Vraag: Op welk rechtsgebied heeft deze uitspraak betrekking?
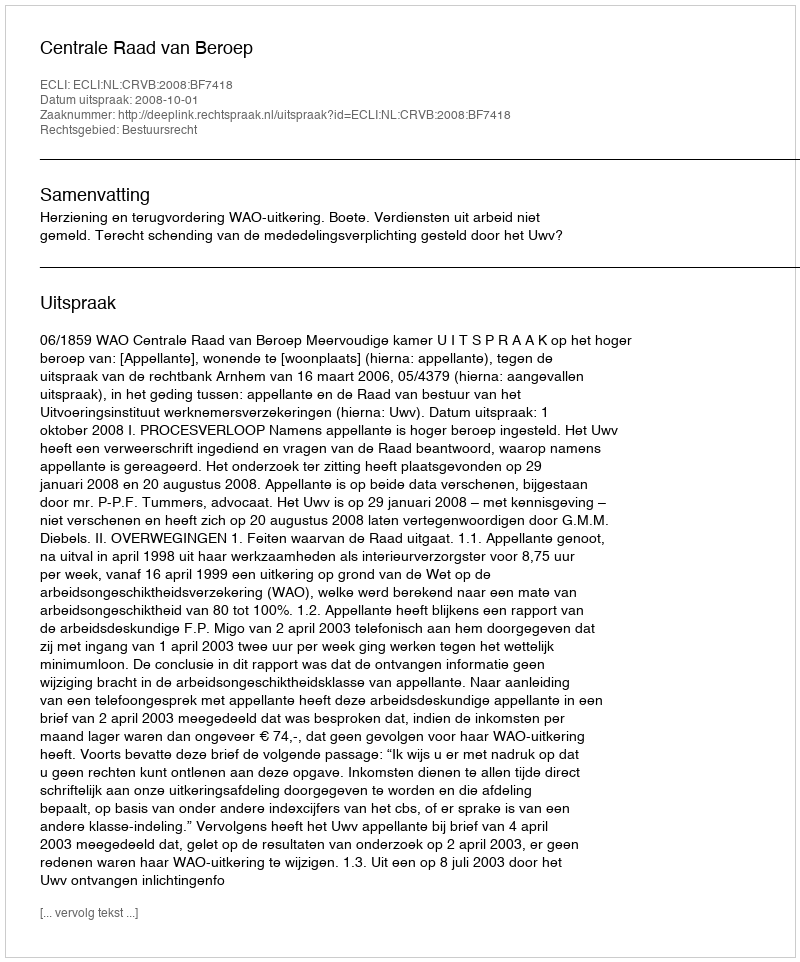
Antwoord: Bestuursrecht